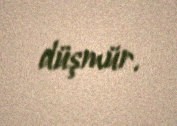
düşmür.